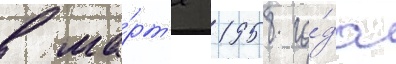
в ма́рт'е 1958 го́да